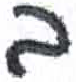
אות: ב